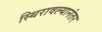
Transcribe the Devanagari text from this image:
स्थिरावल्यानंतर